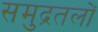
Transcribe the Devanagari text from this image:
समुद्रतलों